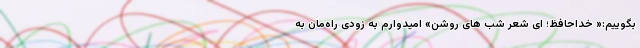
بگوییم:« خداحافظ؛ ای شعرِ شب های روشن» امیدوارم به زودی راه‌مان به